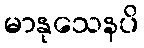
မာနုသေနပိ